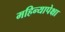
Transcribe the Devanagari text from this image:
महिन्यापेक्षा